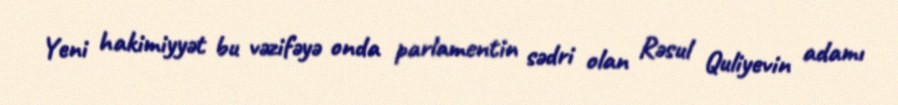
Yeni hakimiyyət bu vəzifəyə onda parlamentin sədri olan Rəsul Quliyevin adamı